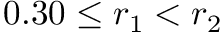
0 . 3 0 \leq r _ { 1 } < r _ { 2 }